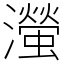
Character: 㶈